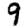
Digit: 9